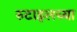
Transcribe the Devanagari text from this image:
रुटाइलच्या